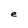
Character: e